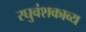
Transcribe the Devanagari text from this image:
रघुवंशकाव्य